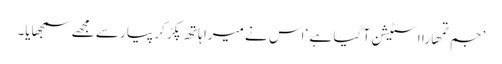
’جم تمھارا اسٹیشن آ گیا ہے ‘ اس نے میرا ہاتھ پکڑ کر پیار سے مجھے سمجھایا۔